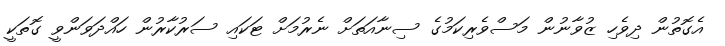
އެގޮތުން ދިވެހި ޒުވާނުން މަސްވެރިކަމުގެ ސިނާއަތަށް ނެރުމަށް ޓަކައި ސަރުކާރުން ހައްދަވަންވީ ގޮތަކީ